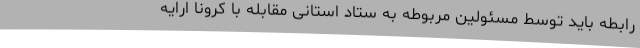
رابطه باید توسط مسئولین مربوطه به ستاد استانی مقابله با کرونا ارایه